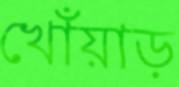
খোঁয়াড়